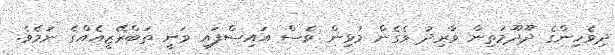
ދިވެހިންގެ ދޫދޫމަތިން ވާރިދު ވެގެން މުޅިން ވެސް އައިސްފައި ވަނީ ތަބްރޭޒީއެއްގެ ނަމެވެ.